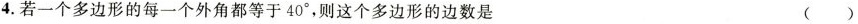
4.若一个多边形的每一个外角都等于40°，则这个多边形的边数是 ()